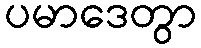
ပမာဒေတွာ